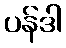
ပန်ဒါ